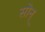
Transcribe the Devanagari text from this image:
सोन्